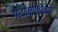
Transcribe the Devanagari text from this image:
ग्रामोफोनाचा